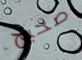
صحيح